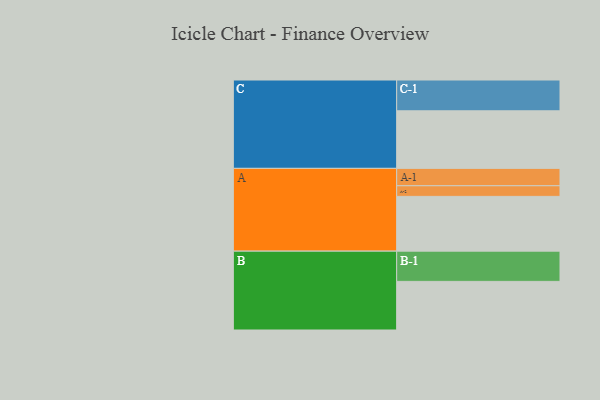
{"axis": {"x": "Segment", "y": "Value"}, "legend": ["", "A", "B", "C"], "data": [{"x": "A", "y": 489, "type": ""}, {"x": "B", "y": 434, "type": ""}, {"x": "C", "y": 514, "type": ""}, {"x": "A-1", "y": 155, "type": "A"}, {"x": "A-2", "y": 95, "type": "A"}, {"x": "B-1", "y": 270, "type": "B"}, {"x": "C-1", "y": 275, "type": "C"}]}